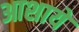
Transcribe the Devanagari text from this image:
आशाये